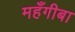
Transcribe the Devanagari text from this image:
महँगीबा